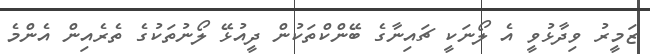
ޒަމީރު ވިދާޅުވީ އެ ލޯނަކީ ޗައިނާގެ ބޭންކްތަކުން ދީއުޅޭ ލޯނުތަކުގެ ތެރެއިން އެންމެ